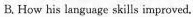
B. How his language skills improved.